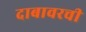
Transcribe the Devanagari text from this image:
दाबावरची